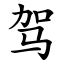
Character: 驾